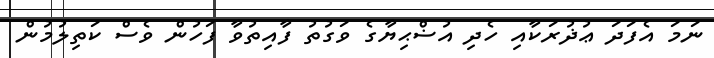
ނަމަ އެފަދަ ޢުޛުރަކާއި ހެދި އުޟްޙިޔާގެ ވަގުތު ފާއިތުވާ ފަހުން ވެސް ކަތިލުމުން